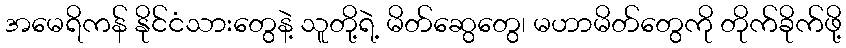
အမေရိကန် နိုင်ငံသားတွေနဲ့ သူတို့ရဲ့ မိတ်ဆွေတွေ၊ မဟာမိတ်တွေကို တိုက်ခိုက်ဖို့